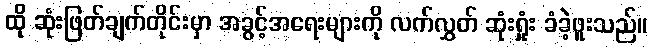
ထို ဆုံးဖြတ်ချက်တိုင်းမှာ အခွင့်အရေးများကို လက်လွှတ် ဆုံးရှုံး ခံခဲ့ဖူးသည်။